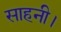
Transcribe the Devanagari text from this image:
साहनी।